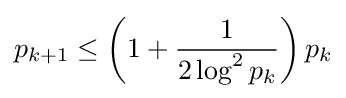
p_{k+1}\leq \left(1+{\frac {1}{2\log ^{2}{p_{k}}}}\right)p_{k}